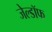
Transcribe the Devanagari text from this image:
जेल्डॉफ